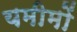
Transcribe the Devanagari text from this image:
यमीमों